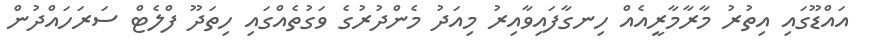
އައްޑޫގައި އިތުރު މާރާމާރީއެއް ހިނގާފައިވާއިރު މިއަދު މެންދުރުގެ ވަގުތެއްގައި ހިތަދޫ ފްލެޓް ސަރަހައްދުން